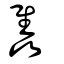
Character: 雥